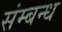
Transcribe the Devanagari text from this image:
संम्बन्ध